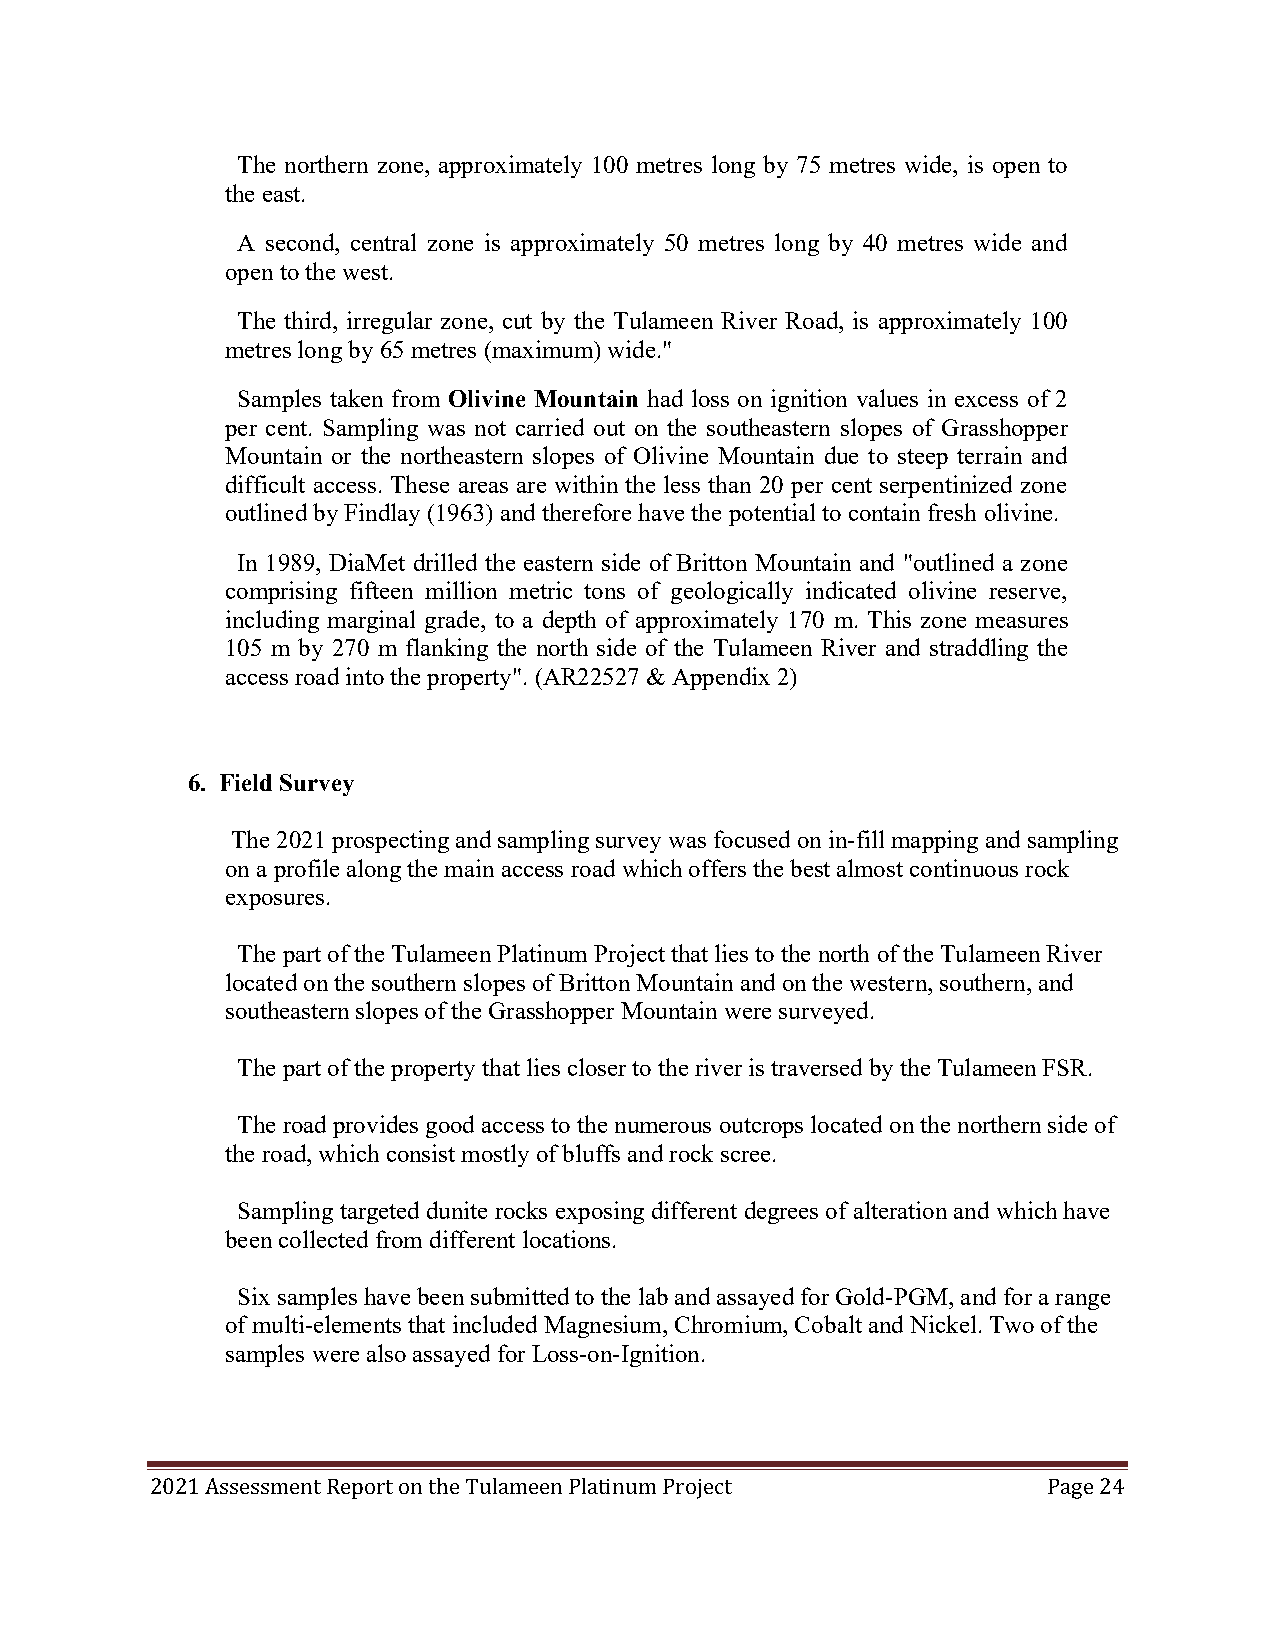
The northern zone, approximately 100 metres long by 75 metres wide, is open to
 the east.
 A second, central zone is approximately 50 metres long by 40 metres wide and
 open to the west.
 The third, irregular zone, cut by the Tulameen River Road, is approximately 100
 metres long by 65 metres (maximum) wide."
 Samples taken from Olivine Mountain had loss on ignition values in excess of 2
 per cent. Sampling was not carried out on the southeastern slopes of Grasshopper
 Mountain or the northeastern slopes of Olivine Mountain due to steep terrain and
 difficult access. These areas are within the less than 20 per cent serpentinized zone
 outlined by Findlay (1963) and therefore have the potential to contain fresh olivine.
 In 1989, DiaMet drilled the eastern side of Britton Mountain and "outlined a zone
 comprising fifteen million metric tons of geologically indicated olivine reserve,
 including marginal grade, to a depth of approximately 170 m. This zone measures
 105 m by 270 m flanking the north side of the Tulameen River and straddling the
 access road into the property". (AR22527 & Appendix 2)
 6. Field Survey
 The 2021 prospecting and sampling survey was focused on in-fill mapping and sampling
 on a profile along the main access road which offers the best almost continuous rock
 exposures.
 The part of the Tulameen Platinum Project that lies to the north of the Tulameen River
 located on the southern slopes of Britton Mountain and on the western, southern, and
 southeastern slopes of the Grasshopper Mountain were surveyed.
 The part of the property that lies closer to the river is traversed by the Tulameen FSR.
 The road provides good access to the numerous outcrops located on the northern side of
 the road, which consist mostly of bluffs and rock scree.
 Sampling targeted dunite rocks exposing different degrees of alteration and which have
 been collected from different locations.
 Six samples have been submitted to the lab and assayed for Gold-PGM, and for a range
 of multi-elements that included Magnesium, Chromium, Cobalt and Nickel. Two of the
 samples were also assayed for Loss-on-Ignition.
 2021 Assessment Report on the Tulameen Platinum Project    Page 24